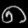
Digit: ၈